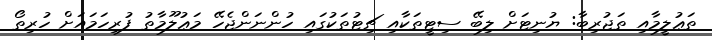
ތަޢުލީމާއި ތަޖުރިބާ: ޔުނިޓަށް ލިބޭ ސިޓީތަކާއި ޗިޓުތަކުގައި ހުންނަންޖެހޭ މަޢުލޫމާތު ފުރިހަމައަށް ހުރިތޯ